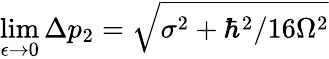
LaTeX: \operatorname*{lim}_{\epsilon\to 0}\Delta p_{2}={\sqrt{\sigma^{2}+\hbar^{2}/16\Omega^{2}}}